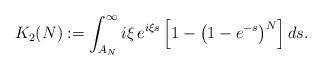
LaTeX: \begin{align*}K_2(N) := \int_{A_N}^{\infty} i \xi \, e^{i \xi s} \left[1 - \left(1 - e^{- s} \right)^N\right] ds.\end{align*}